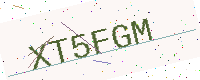
Text: XT5FGM